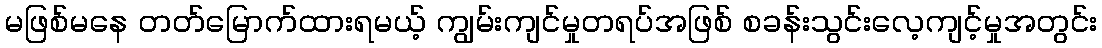
မဖြစ်မနေ တတ်မြောက်ထားရမယ့် ကျွမ်းကျင်မှုတရပ်အဖြစ် စခန်းသွင်းလေ့ကျင့်မှုအတွင်း